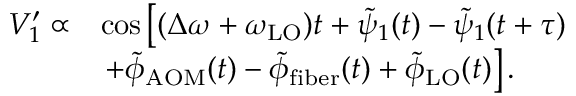
\begin{array} { r l } { V _ { 1 } ^ { \prime } \propto } & { \cos \left[ ( \Delta \omega + \omega _ { \mathrm { L O } } ) t + \tilde { \psi } _ { 1 } ( t ) - \tilde { \psi } _ { 1 } ( t + \tau ) \right. } \\ & { \left. + \tilde { \phi } _ { \mathrm { A O M } } ( t ) - \tilde { \phi } _ { \mathrm { f i b e r } } ( t ) + \tilde { \phi } _ { \mathrm { L O } } ( t ) \right] . } \end{array}